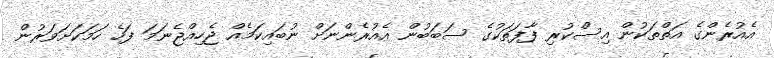
އެއުރެންގެ އަތްތަކުން އިސްކުރި ފާފަތަކުގެ ސަބަބުން އެއުރެންނަށް ނުބައިކަމެއް ޖެހިއްޖެނަމަ ފަހެ ހަމަކަށަވަރުން